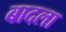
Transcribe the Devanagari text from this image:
बादला